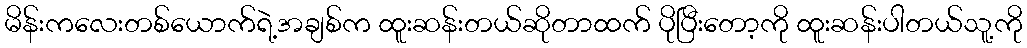
မိန်းကလေးတစ်ယောက်ရဲ့အချစ်က ထူးဆန်းတယ်ဆိုတာထက် ပိုပြီးတော့ကို ထူးဆန်းပါတယ်သူ့ကို